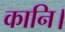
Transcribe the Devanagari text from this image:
कानि।